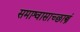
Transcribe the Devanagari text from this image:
समाश्वासाच्छास्त्रं